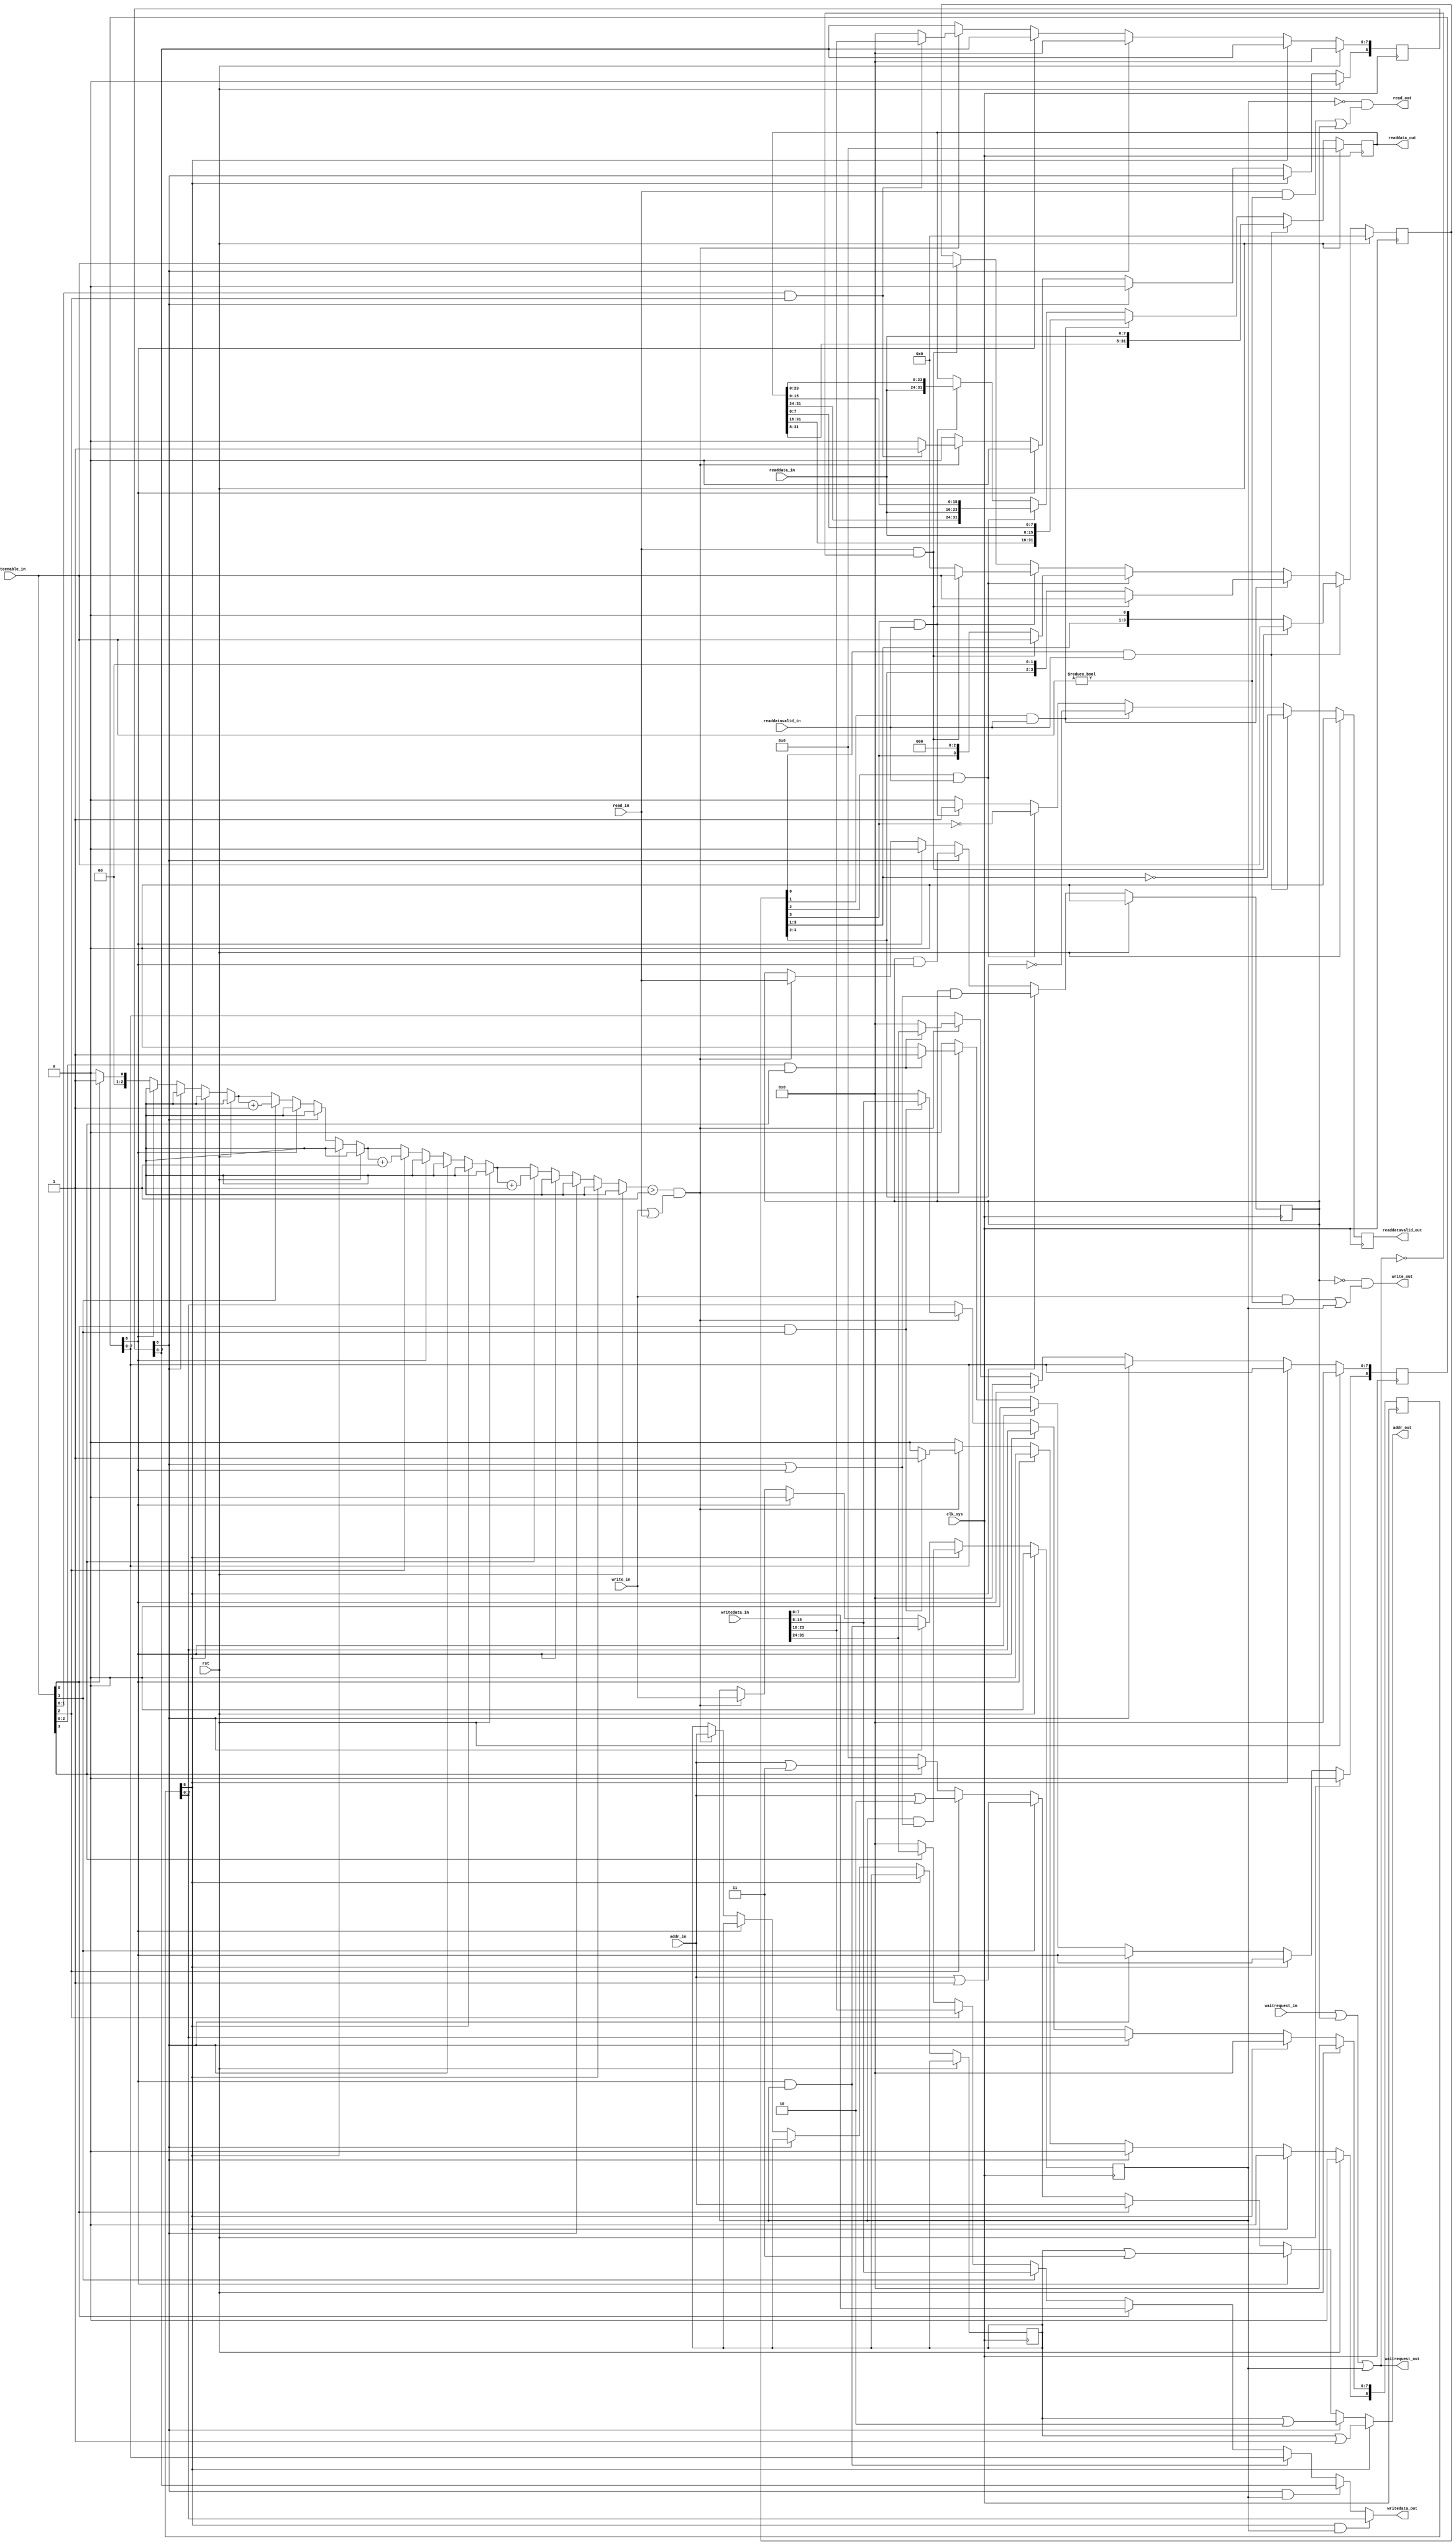
module byteen_converter
  #(
    parameter IADDR = 32,
    parameter OADDR = 32
    )
    (
     input wire              clk_sys,
     input wire              rst,

     input wire [IADDR-1:0]  addr_in,
     input wire              write_in,
     input wire [31:0]       writedata_in,
     input wire              read_in,
     output reg [31:0]       readdata_out,
     output reg              readdatavalid_out,
     input wire [3:0]        byteenable_in,
     output wire             waitrequest_out,

     output wire [OADDR-1:0] addr_out,
     output wire             write_out,
     output wire [7:0]       writedata_out,
     output wire             read_out,
     input wire [7:0]        readdata_in,
     input wire              readdatavalid_in,
     input wire              waitrequest_in
     );

    function [2:0] cnt_bit;
        input [3:0]          data;
        integer              index;
        begin
            cnt_bit = 0;
            for(index = 0; index < 4; index = index + 1)
              if(data[index])
                cnt_bit = cnt_bit + 1;
        end
    endfunction

    // data
    // data[8] = valid bit
    reg [IADDR-1:0] addr0;
    reg [8:0]       data0; // not used
    reg [8:0]       data1; // data1
    reg [8:0]       data2; // data2
    reg [8:0]       data3; // data3

    reg             write_mode, read_mode;

    assign addr_out = (data1[8]) ? addr0 | 1 :
                      (data2[8]) ? addr0 | 2 :
                      (data3[8]) ? addr0 | 3 :
                      (byteenable_in[0]) ? addr_in :
                      (byteenable_in[1]) ? addr_in | 1 :
                      (byteenable_in[2]) ? addr_in | 2 :
                      (byteenable_in[3]) ? addr_in | 3 : 0;

    assign writedata_out = (data1[8] && write_mode) ? data1[7:0] :
                           (data2[8] && write_mode) ? data2[7:0] :
                           (data3[8] && write_mode) ? data3[7:0] :
                           (byteenable_in[0]) ? writedata_in[7:0] :
                           (byteenable_in[1]) ? writedata_in[15:8] :
                           (byteenable_in[2]) ? writedata_in[23:16] :
                           (byteenable_in[3]) ? writedata_in[31:24] : 0;

    assign write_out = (!read_mode) && ((write_in && byteenable_in != 0) || write_mode);
    assign read_out  = (!write_mode) && ((read_in && byteenable_in != 0) || read_mode);

    assign waitrequest_out = waitrequest_in || read_mode || write_mode;

    always @(posedge clk_sys) begin
        if(rst) begin
            {data1, data2, data3} <= 0;
            {write_mode, read_mode} <= 0;
        end else if(data1[8]) begin
            data1 <= 0;
            write_mode <= write_mode && (data2[8] || data3[8]);
            read_mode  <= read_mode && (data2[8] || data3[8]);
        end else if(data2[8]) begin
            data2 <= 0;
            write_mode <= write_mode && (data3[8]);
            read_mode  <= read_mode && (data3[8]);
        end else if(data3[8]) begin
            data3 <= 0;
            write_mode <= 0;
            read_mode  <= 0;
        end else if(cnt_bit(byteenable_in) > 1 && (write_in || read_in)) begin
            write_mode <= write_in;
            read_mode  <= read_in;
            addr0 <= addr_in;

            data1[8]   <= (byteenable_in[0]   && byteenable_in[1]) ? 1 : 0;
            data2[8]   <= (byteenable_in[1:0] && byteenable_in[2]) ? 1 : 0;
            data3[8]   <= (byteenable_in[2:0] && byteenable_in[3]) ? 1 : 0;

            data1[7:0] <= (byteenable_in[0]   && byteenable_in[1]) ? writedata_in[15: 8] : 0;
            data2[7:0] <= (byteenable_in[1:0] && byteenable_in[2]) ? writedata_in[23:16] : 0;
            data3[7:0] <= (byteenable_in[2:0] && byteenable_in[3]) ? writedata_in[31:24] : 0;
        end
    end


    /////////////////////////////////////////////////////////////////////////
    reg [3:0] rflag;

    always @(posedge clk_sys) begin
        if(rst) begin
            rflag <= 0;
            readdata_out <= 0;
            readdatavalid_out <= 0;
        end else begin
            if(rflag[0] && readdatavalid_in) begin
                rflag <= (read_in && !waitrequest_out) ? byteenable_in : {rflag[3:1], 1'b0};

                readdata_out <= {readdata_out[31:8], readdata_in};
                readdatavalid_out <= !(rflag[3:1]);
            end else if(rflag[1] && readdatavalid_in) begin
                rflag <= (read_in && !waitrequest_out) ? byteenable_in : {rflag[3:2], 2'b0};

                readdata_out <= {readdata_out[31:16], readdata_in, readdata_out[7:0]};
                readdatavalid_out <= !(rflag[3:2]);
            end else if(rflag[2] && readdatavalid_in) begin
                rflag <= (read_in && !waitrequest_out) ? byteenable_in : {rflag[3], 3'b0};

                readdata_out <= {readdata_out[31:24], readdata_in[7:0], readdata_out[15:0]};
                readdatavalid_out <= !(rflag[3]);
            end else if(rflag[3] && readdatavalid_in) begin
                rflag <= (read_in && !waitrequest_out) ? byteenable_in : 0;

                readdata_out <= {readdata_in[7:0], readdata_out[23:0]};
                readdatavalid_out <= 1;
            end else if(read_in && !waitrequest_out) begin
                rflag <= byteenable_in;
                readdatavalid_out <= 0;
            end else begin
                readdatavalid_out <= 0;
            end
        end
    end
endmodule